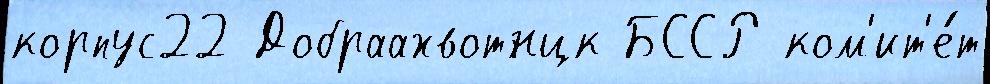
корпус22 Добраахвотнцк БССР ком'ит'е́т